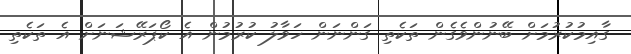
ގާއިމުކުރުމަށް ބޭނުންވެގެން ތަކެތި ގަންނަން ހަވާލު ކުރުމުން އެ ކޯޕަރޭޝަނަށް އެ ތަކެތި